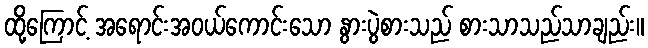
ထို့ကြောင့် အရောင်းအဝယ်ကောင်းသော နွားပွဲစားသည် စားသာသည်သာချည်း။